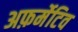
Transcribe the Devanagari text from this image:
अफ़र्मेटिव